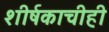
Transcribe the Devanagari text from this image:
शीर्षकाचीही